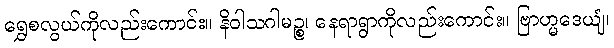
ရွှေစလွယ်ကိုလည်းကောင်း။ နိဝါသဂါမဉ္စ၊ နေရာရွာကိုလည်းကောင်း။ ဗြာဟ္မဒေယျံ၊